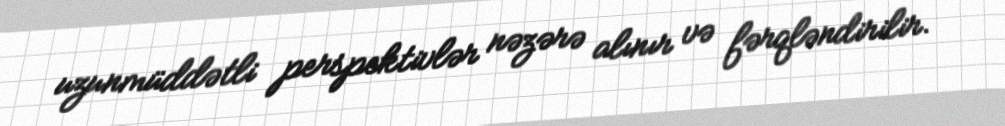
uzunmüddətli perspektivlər nəzərə alınır və fərqləndirilir.